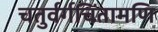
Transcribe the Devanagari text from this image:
चतुर्वर्गचिंतामणि